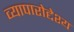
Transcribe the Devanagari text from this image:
व्यापारोद्देश्य